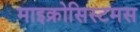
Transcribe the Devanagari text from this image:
माइक्रोसिस्टमस